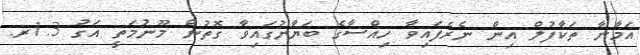
އަމާނާ ތަކާފުލް އިން ނެރެފައިވާ ހިއްސާގެ ބަޔާނުގައިވާ ގޮތުން މޫނުމަތީ އަގު 1.3ރ.